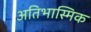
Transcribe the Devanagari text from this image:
अतिभास्मिक